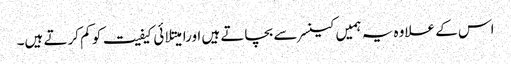
اس کے علاوہ یہ ہمیں کینسر سے بچاتے ہیں اورامیتلائی کیفیت کو کم کرتے ہیں۔